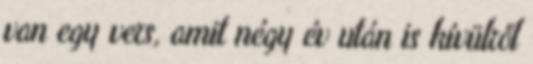
van egy vers, amit négy év után is kívülről